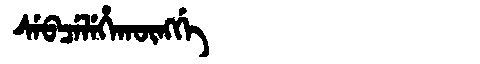
Manchu: ᠰᡝᠪᠴᡝᠯᡝᡥᠠᡴᡡᠩᡤᡝ
Romanization: SEBCELEHAKŪNGGE